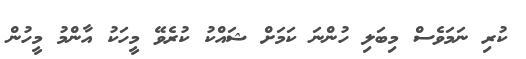
ކުރި ނަމަވެސް މިބަލި ހުންނަ ކަމަށް ޝައްކު ކުރެވޭ މީހަކު އާންމު މީހުން